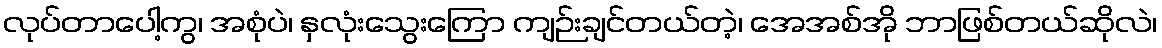
လုပ်တာပေါ့ကွ၊ အစုံပဲ၊ နှလုံးသွေးကြော ကျဉ်းချင်တယ်တဲ့၊ အေအစ်အို ဘာဖြစ်တယ်ဆိုလဲ၊